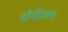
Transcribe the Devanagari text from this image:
दोदीतल